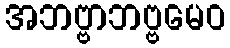
အဘဗ္ဗာဘဗ္ဗမေဝ